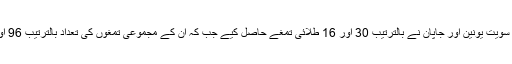
اس کے بعد سویت یونین اور جاپان نے بالترتیب 30 اور 16 طلائی تمغے حاصل کیے جب کہ ان کے مجموعی تمغوں کی تعداد بالترتیب 96 اور 29 تھی۔